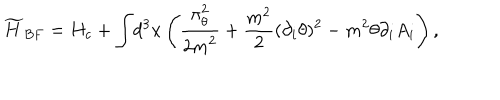
{ \widetilde H _ { B F } } = H _ { c } + { \displaystyle \int } d ^ { 3 } x \left( \frac { \displaystyle \pi _ { \theta } ^ { 2 } } { \displaystyle 2 m ^ { 2 } } + \frac { m ^ { 2 } } { 2 } ( \partial _ { i } \theta ) ^ { 2 } - m ^ { 2 } \theta \partial _ { i } A _ { i } \right) ,